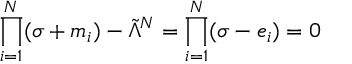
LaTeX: \prod _ { i = 1 } ^ { N } ( \sigma + m _ { i } ) - \tilde { \Lambda } ^ { N } = \prod _ { i = 1 } ^ { N } ( \sigma - e _ { i } ) = 0